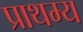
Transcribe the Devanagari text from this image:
प्राथम्य